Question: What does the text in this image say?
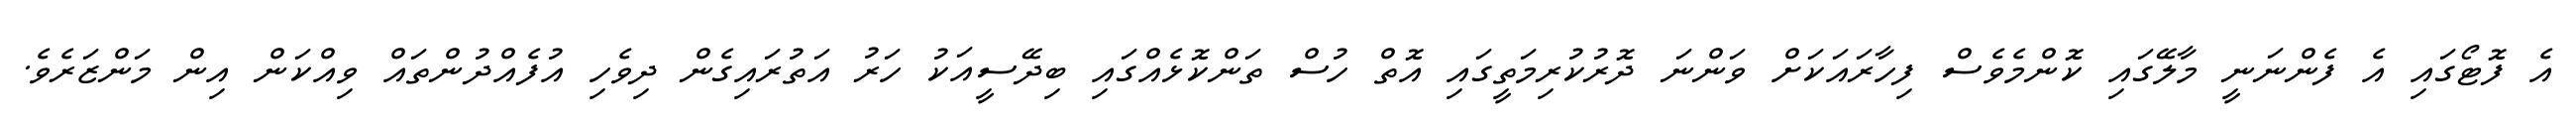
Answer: އެ ފޮޓޯގައި އެ ފެންނަނީ މާލޭގައި ކޮންމެވެސް ފިހާރައަކަށް ވަންނަ ދޮރުކުރިމަތީގައި އޮތް ހުސް ތަންކޮޅެއްގައި ބިދޭސީއަކު ހަރު އަތުރައިގެން ދިވެހި އުފެއްދުންތައް ވިއްކަން އިން މަންޒަރެވެ.